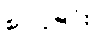
စာပို့ခြင်း